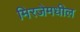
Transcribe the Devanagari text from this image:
मिरजेमधील